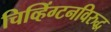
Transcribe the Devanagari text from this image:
चिव्हिंग्टनविरुद्ध